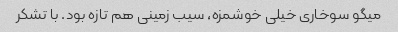
میگو سوخاری خیلی خوشمزه، سیب زمینی هم تازه بود. با تشکر